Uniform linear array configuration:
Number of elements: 32
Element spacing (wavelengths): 0.25
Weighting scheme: kaiser
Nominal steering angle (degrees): -45
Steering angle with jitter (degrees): -46.886
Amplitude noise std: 0.05
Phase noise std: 0.05

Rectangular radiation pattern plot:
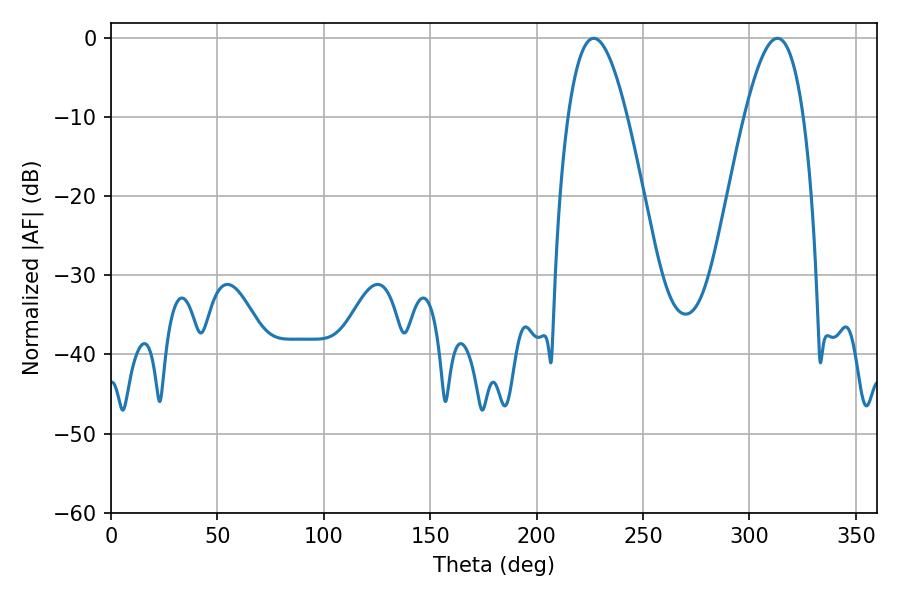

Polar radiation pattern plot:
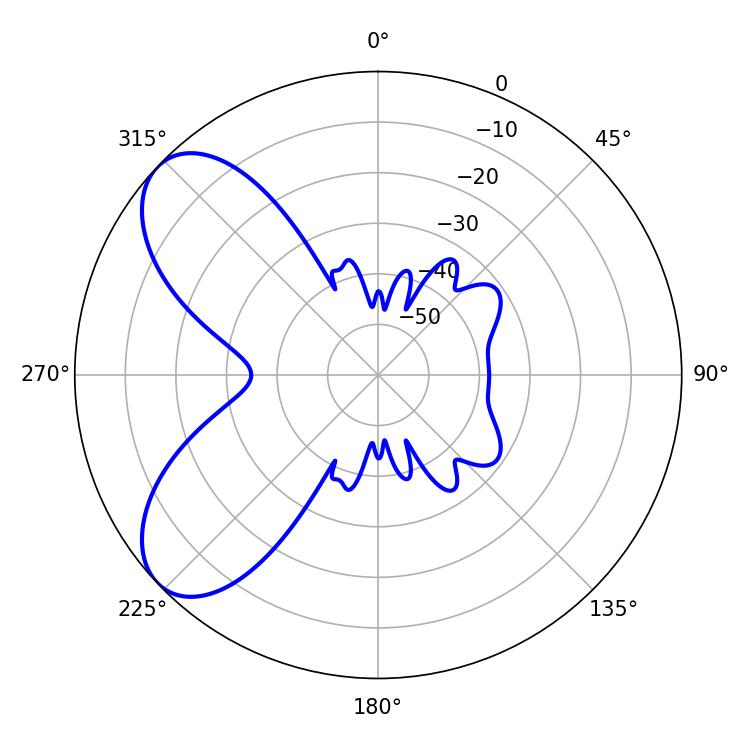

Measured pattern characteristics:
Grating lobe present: FALSE
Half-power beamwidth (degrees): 15.12
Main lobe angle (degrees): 226.8